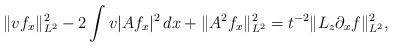
LaTeX: \begin{align*}\|v f_x\|_{L^2}^2 - 2\int v|Af_x|^2\,dx + \|A^2f_x\|_{L^2}^2 = t^{-2}\|L_z\partial_xf\|_{L^2}^2,\end{align*}